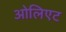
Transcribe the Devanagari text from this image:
ओलिएट